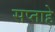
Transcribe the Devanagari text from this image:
सप्ताहे